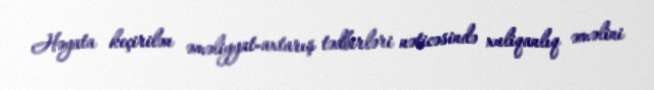
Həyata keçirilən əməliyyat-axtarış tədbirləri nəticəsində xuliqanlıq əməlini